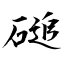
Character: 磓